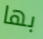
بها